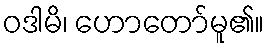
ဝဒါမိ၊ ဟောတော်မူ၏။